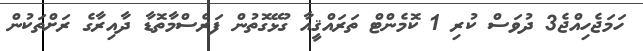
ހަމަޖެހިއްޖެ3 ދުވަސް ކުރި 1 ކޮމެންޓް ތަރައްޤީއާ ގުޅޭގޮތުން ފަރެސްމާތޮޑާ ދާއިރާގެ ރަށްތަކުން